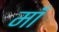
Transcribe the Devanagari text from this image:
मॉँ